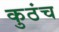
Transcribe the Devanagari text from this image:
कुठंच